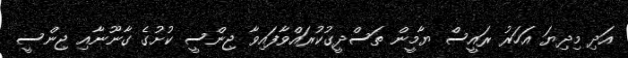
އަދި މިދިޔަ އަހަރު ރައީސް ޔާމީން ތަސްދީގުކުރައްވާފައިވާ ޖިންސީ ކުށުގެ ގާނޫނާއި ޖިންސީ